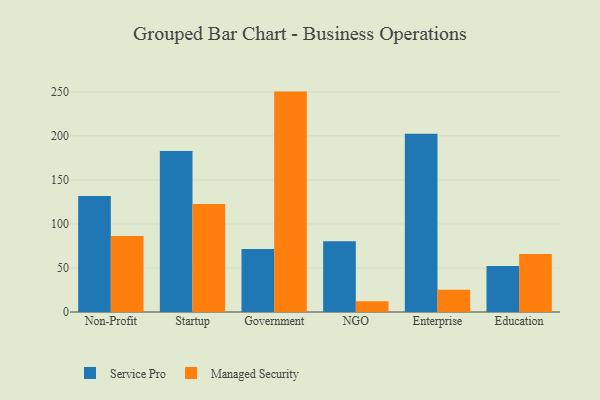
{"axis": {"x": "Segment", "y": "Gross Profit (USD K)"}, "legend": ["Managed Security", "Service Pro"], "data": [{"x": "Non-Profit", "y": 131.7, "type": "Service Pro"}, {"x": "Non-Profit", "y": 86.2, "type": "Managed Security"}, {"x": "Startup", "y": 182.7, "type": "Service Pro"}, {"x": "Startup", "y": 122.6, "type": "Managed Security"}, {"x": "Government", "y": 71.6, "type": "Service Pro"}, {"x": "Government", "y": 250.3, "type": "Managed Security"}, {"x": "NGO", "y": 80.4, "type": "Service Pro"}, {"x": "NGO", "y": 12.3, "type": "Managed Security"}, {"x": "Enterprise", "y": 202.3, "type": "Service Pro"}, {"x": "Enterprise", "y": 25.3, "type": "Managed Security"}, {"x": "Education", "y": 52.1, "type": "Service Pro"}, {"x": "Education", "y": 66.0, "type": "Managed Security"}]}